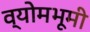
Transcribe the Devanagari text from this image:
व्योमभूमी